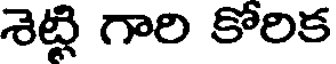
శెట్లి గారి కోరిక